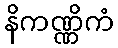
နိကဏ္ဏိကံ